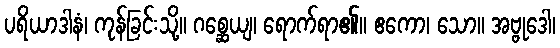
ပရိယာဒါနံ၊ ကုန်ခြင်းသို့။ ဂစ္ဆေယျ၊ ရောက်ရာ၏။ ဧကော၊ သော။ အဗ္ဗုဒေါ၊